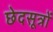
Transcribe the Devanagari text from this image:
छेदसूत्रों